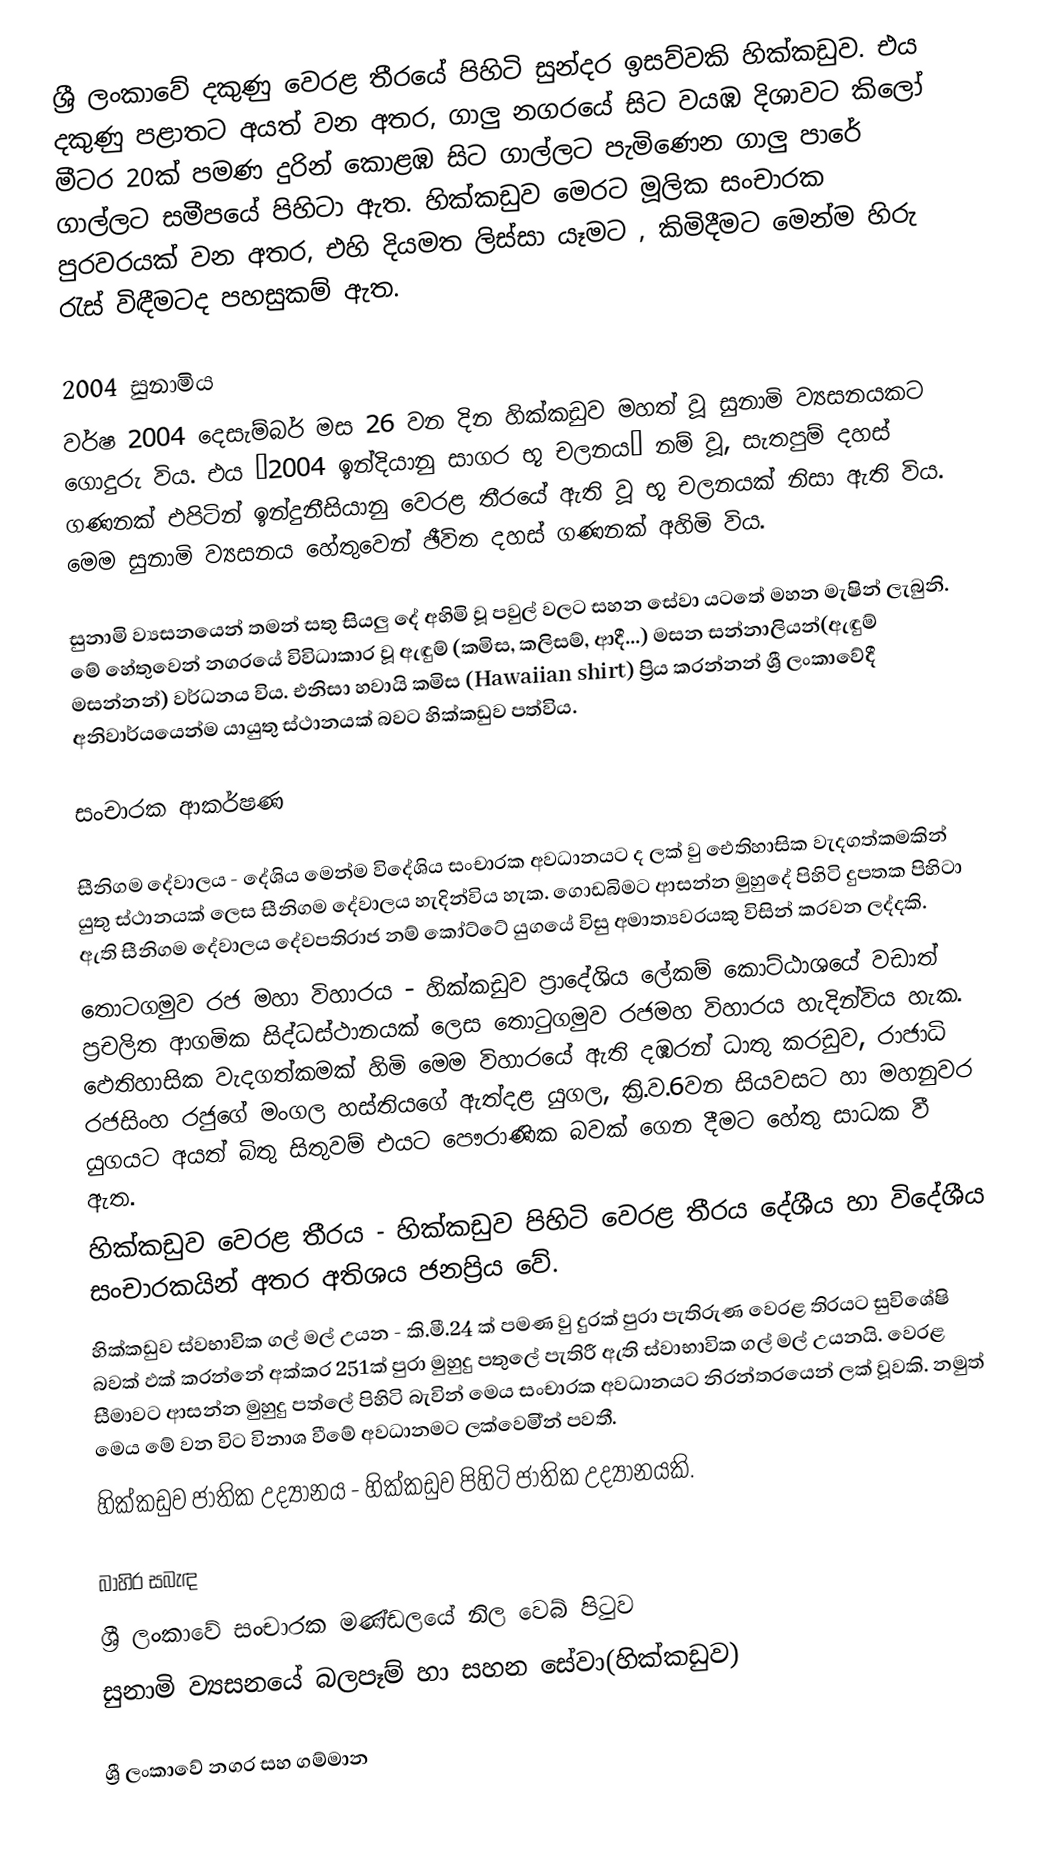
ශ්‍රී ලංකාවේ  දකුණු වෙරළ තීරයේ පිහිටි සුන්දර ඉසව්වකි හික්කඩුව. එය දකුණු පළාතට අයත් වන අතර, ගාලු නගරයේ සිට වයඹ දිශාවට කිලෝ මීටර 20ක් පමණ දුරින් කොළඹ සිට ගාල්ලට පැමිණෙන ගාලු පාරේ ගාල්ලට සමීපයේ පිහිටා ඇත. හික්කඩුව මෙරට මූලික සංචාරක පුරවරයක් වන අතර, එහි දියමත ලිස්සා යෑමට , කිමිදීමට මෙන්ම හිරු රැස් විඳීමටද පහසුකම් ඇත.

2004 සුනාමිය
වර්ෂ 2004 දෙසැම්බර් මස 26 වන දින හික්කඩුව මහත් වූ සුනාමි ව්‍යසනයකට ගොදුරු විය. එය “2004 ඉන්දියානු සාගර භූ චලනය” නම් වූ, සැතපුම් දහස් ගණනක් එපිටින් ඉන්දුනීසියානු වෙරළ තීරයේ ඇති වූ භූ චලනයක් නිසා ඇති විය. මෙම සුනාමි ව්‍යසනය හේතුවෙන් ඡීවිත දහස් ගණනක් අහිමි විය.

සුනාමි ව්‍යසනයෙන් තමන් සතු සියලු දේ අහිමි වූ පවුල් වල‍ට සහන සේවා යටතේ මහන මැෂින් ලැබුනි. මේ හේතුවෙන් නගරයේ විවිධාකාර වූ ඇඳුම් (කමිස, කලිසම්, ආදී...) මසන සන්නාලියන්(ඇඳුම් මසන්නන්) වර්ධනය විය. එනිසා හවායි කමිස (Hawaiian shirt) ප්‍රිය කරන්නන් ශ්‍රී ලංකාවේදී අනිවාර්යයෙන්ම යායුතු ස්ථානයක් බවට හික්කඩුව පත්විය.

සංචාරක ආකර්ෂණ

සීනිගම දේවාලය - දේශිය මෙන්ම විදේශිය සංචාරක අවධානයට ද ලක් වු ඓතිහාසික වැදගත්කමකින් යුතු ස්ථානයක් ලෙස සීනිගම දේවාලය හැදින්විය හැක. ගොඩබිමට ආසන්න මුහුදේ පිහිටි දුපතක පිහිටා ඇති සීනිගම දේවාලය දේවපතිරාජ නම් කෝට්ටේ යුගයේ විසු අමාත්‍යවරයකු විසින් කරවන ලද්දකි.
තොටගමුව රජ මහා විහාරය - හික්කඩුව ප්‍රාදේශිය ලේකම් කොට්ඨාශයේ වඩාත් ප්‍රචලිත ආගමික සිද්ධස්ථානයක් ලෙස තොටුගමුව රජමහ විහාරය හැදින්විය හැක. ඵෙතිහාසික වැදගත්කමක් හිමි මෙම විහාරයේ ඇති දඹරන් ධාතු කරඩුව, රාජාධි රජසිංහ රජුගේ මංගල හස්තියගේ ඇත්දළ යුගල, ක්‍රි.ව.6වන සියවසට හා මහනුවර යුගයට අයත් බිතු සිතුවම් එයට පෞරාණික බවක් ගෙන දීමට හේතු සාධක වී ඇත.
හික්කඩුව වෙරළ තීරය - හික්කඩුව පිහිටි වෙරළ තීරය දේශීය හා විදේශීය සංචාරකයින් අතර අතිශය ජනප්‍රිය වේ.
හික්කඩුව ස්වභාවික ගල් මල් උයන - කි.මී.24 ක් පමණ වු දුරක් පුරා පැතිරුණ වෙරළ තිරයට සුවිශේෂි බවක් ඵක් කරන්නේ අක්කර 251ක් පුරා මුහුදු පතුලේ පැතිරී ඇති ස්වාභාවික ගල් මල් උයනයි. වෙරළ සීමාවට ආසන්න මුහුදු පත්ලේ පිහිටි බැවින් මෙය සංචාරක අවධානයට නිරන්තරයෙන් ලක් වූවකි. නමුත් මෙය මේ වන විට විනාශ වීමේ අවධානමට ලක්වෙමි්න් පවතී.
හික්කඩුව ජාතික උද්‍යානය - හික්කඩුව පිහිටි ජාතික උද්‍යානයකි.

බාහිර සබැඳ
 ශ්‍රී ලංකාවේ සංචාරක මණ්ඩලයේ නිල වෙබ් පිටුව
 සුනාමි ව්‍යසනයේ බලපෑම් හා සහන සේවා(හික්කඩුව)

ශ්‍රී ලංකාවේ නගර සහ ගම්මාන